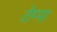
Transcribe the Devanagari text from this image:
तेप्पा